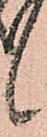
候